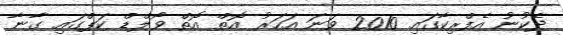
ދެކުނު އެފްރިކާގައި 2010 ވަނަ އަހަރު އޮތް އޮތް ވޯލްޑް ކަޕްގައި ގާނާ